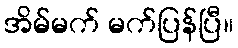
အိမ်မက် မက်ပြန်ပြီ။